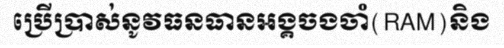
ប្រើប្រាស់នូវធនធានអង្គចងចាំ(RAM)និង